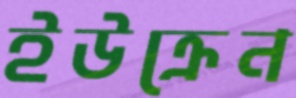
ইউক্রেন